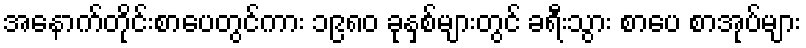
အနောက်တိုင်းစာပေတွင်ကား ၁၉၈၀ ခုနှစ်များတွင် ခရီးသွား စာပေ စာအုပ်များ